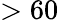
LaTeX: >60